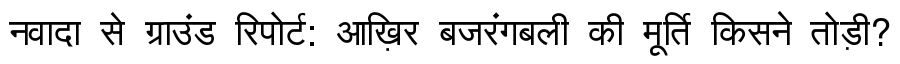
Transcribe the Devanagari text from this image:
नवादा से ग्राउंड रिपोर्ट: आख़िर बजरंगबली की मूर्ति किसने तोड़ी?